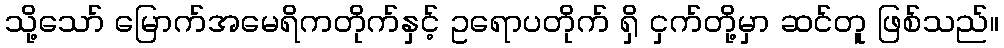
သို့သော် မြောက်အမေရိကတိုက်နှင့် ဥရောပတိုက် ရှိ ငှက်တို့မှာ ဆင်တူ ဖြစ်သည်။